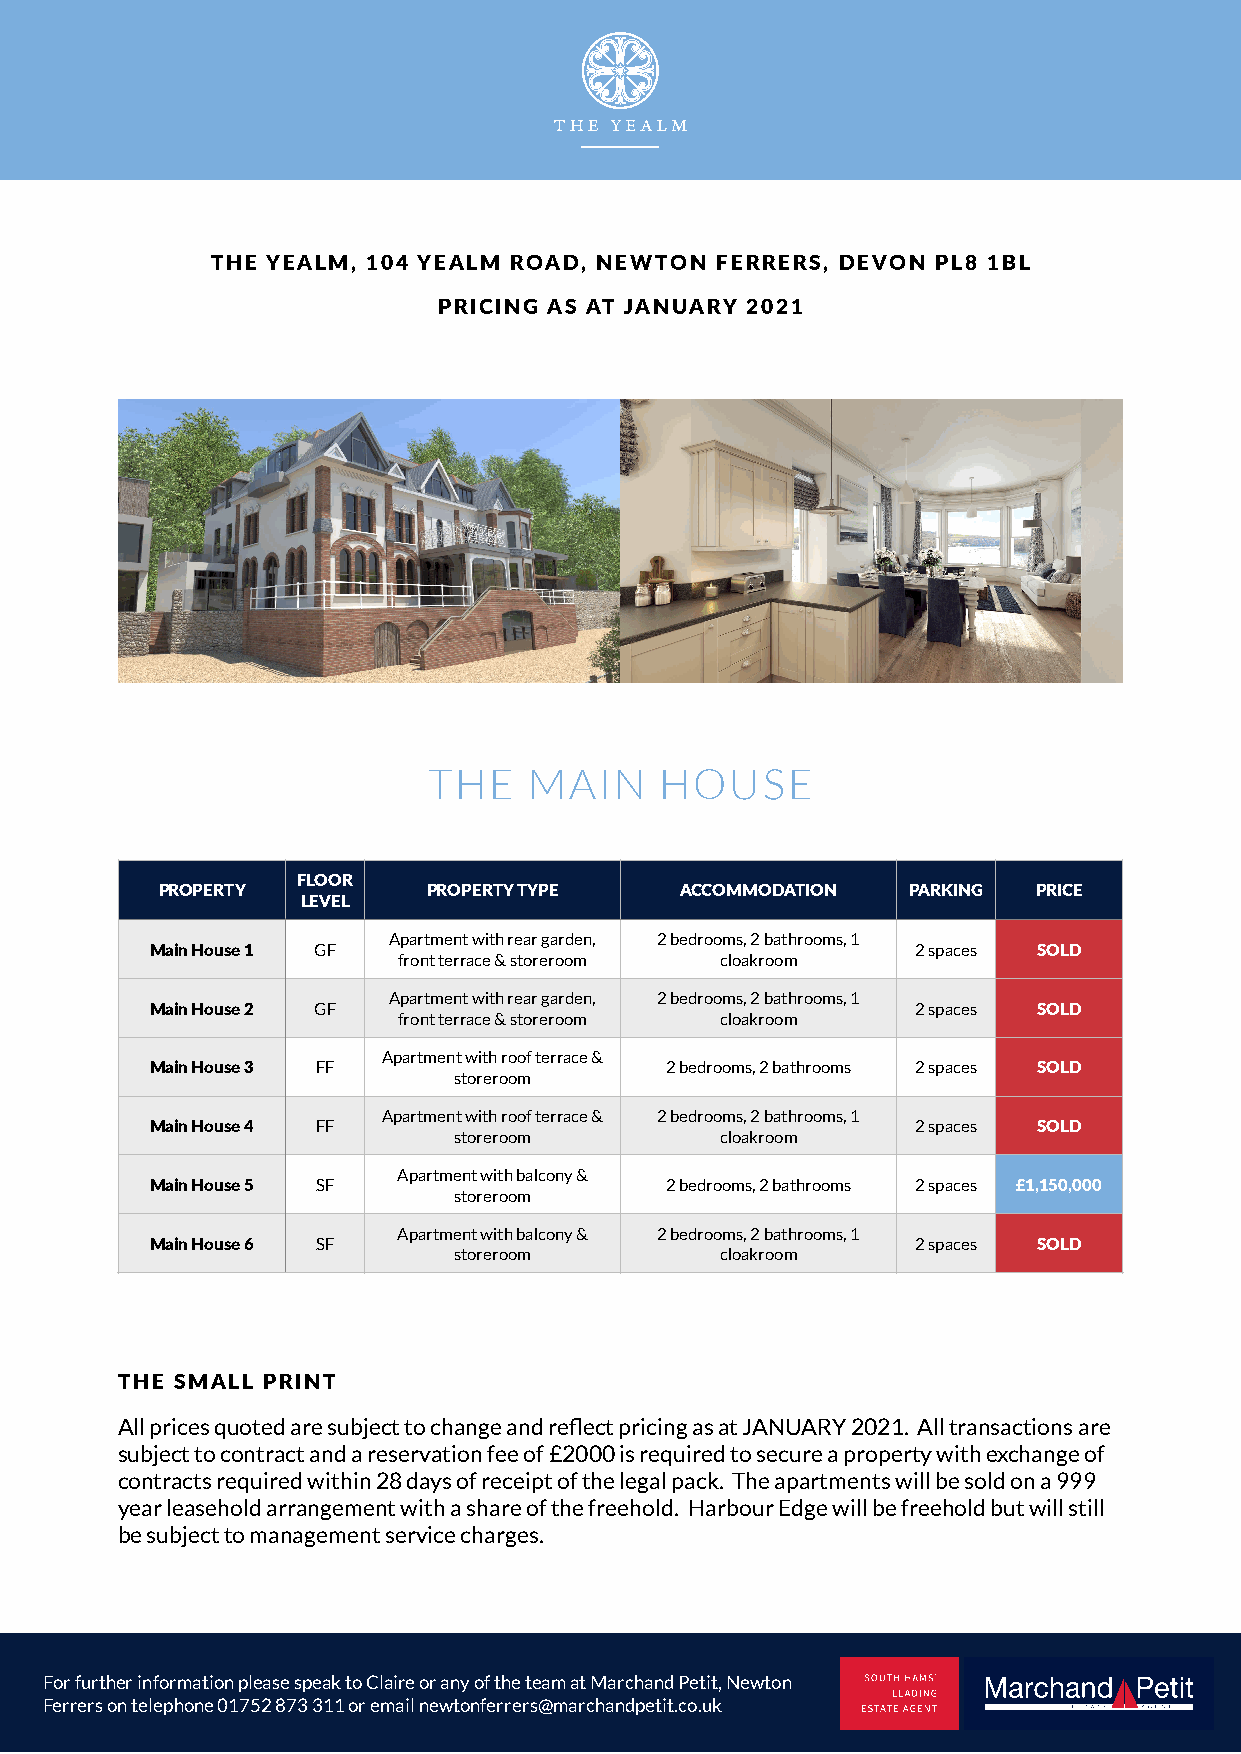
THE YEALM, 104 YEALM ROAD, NEWTON FERRERS, DEVON PL8 1BL
 PRICING AS AT JANUARY 2021
 THE    MAIN     HOUSE
 FLOOR
 PROPERTY          PROPERTY TYPE    ACCOMMODATION  PARKING  PRICE
 LEVEL
 Apartment with rear garden, 2 bedrooms, 2 bathrooms, 1
 Main House 1 GF                                    2 spaces SOLD
 front terrace & storeroom cloakroom
 Apartment with rear garden, 2 bedrooms, 2 bathrooms, 1
 Main House 2 GF                                    2 spaces SOLD
 front terrace & storeroom cloakroom
 Apartment with roof terrace &
 Main House 3 FF                   2 bedrooms, 2 bathrooms 2 spaces SOLD
 storeroom
 Apartment with roof terrace & 2 bedrooms, 2 bathrooms, 1
 Main House 4 FF                                    2 spaces SOLD
 storeroom         cloakroom
 Apartment with balcony &
 Main House 5 SF                   2 bedrooms, 2 bathrooms 2 spaces £1,150,000
 storeroom
 Apartment with balcony & 2 bedrooms, 2 bathrooms, 1
 Main House 6 SF                                    2 spaces SOLD
 storeroom         cloakroom
 THE SMALL PRINT
 All prices quoted are subject to change and reflect pricing as at JANUARY 2021. All transactions are
 subject to contract and a reservation fee of £2000 is required to secure a property with exchange of
 contracts required within 28 days of receipt of the legal pack. The apartments will be sold on a 999
 year leasehold arrangement with a share of the freehold. Harbour Edge will be freehold but will still
 be subject to management service charges.
 For further information please speak to Claire or any of the team at Marchand Petit, Newton
 Ferrers on telephone 01752 873 311 or email newtonferrers@marchandpetit.co.uk